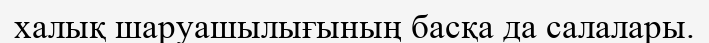
халық шаруашылығының басқа да салалары.